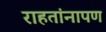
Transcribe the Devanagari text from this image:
राहतांनापण